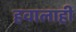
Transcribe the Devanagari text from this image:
हवालाही